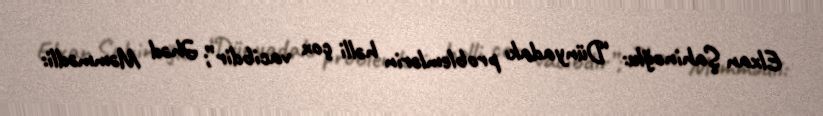
Elxan Şahinoğlu: “Dünyadakı problemlərin həlli çox vacibdir”; Əhəd Məmmədli: